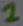
Text: 1